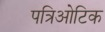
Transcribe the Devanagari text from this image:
पत्रिओटिक